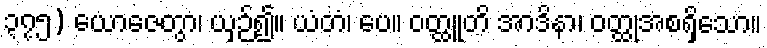
၃၇၅) ယောဇေတွာ၊ ယှဉ်၍။ ယံတံ၊ ပေ။ ဝတ္ထူတိ အာဒိနာ၊ ဝတ္ထုအစရှိသော။